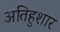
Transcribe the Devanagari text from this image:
अतिहुशार